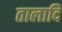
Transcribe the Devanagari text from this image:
तालादि